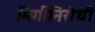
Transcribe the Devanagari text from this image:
मिर्गीनिरोधी